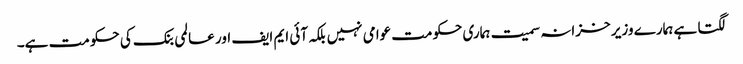
لگتا ہے ہمارے وزیر خزانہ سمیت ہماری حکومت عوامی نہیں بلکہ آئی ایم ایف اور عالمی بنک کی حکومت ہے۔